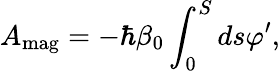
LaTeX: A_{\mathrm{mag}}=-\hbar\beta_{0}\int_{0}^{S}ds\varphi^{\prime},